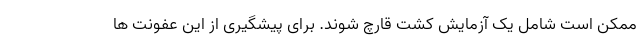
ممکن است شامل یک آزمایش کشت قارچ شوند. برای پیشگیری از این عفونت ها